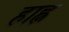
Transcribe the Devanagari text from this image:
हाह्न